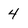
Character: 4